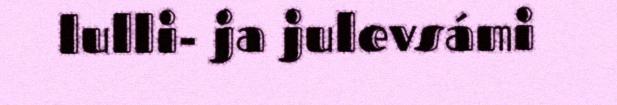
lulli- ja julevsámi